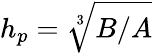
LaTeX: h_{p}=\sqrt[3]{B/A}